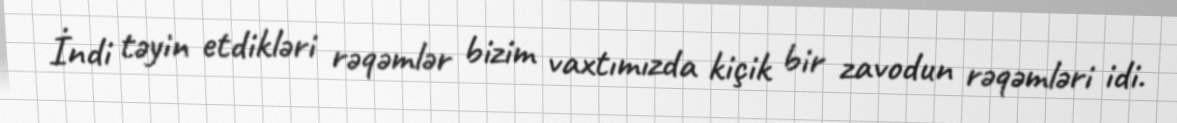
İndi təyin etdikləri rəqəmlər bizim vaxtımızda kiçik bir zavodun rəqəmləri idi.